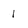
Character: 1